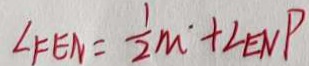
\angle F E N = \frac { 1 } { 2 } M + \angle E N P